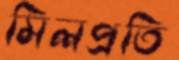
মিলপ্রতি